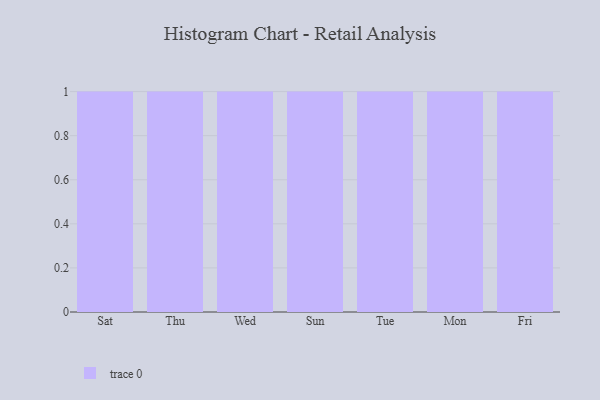
{"axis": {"x": "Day", "y": "Gross Profit (USD K)"}, "legend": [""], "data": [{"x": "Sat", "y": 1, "type": ""}, {"x": "Thu", "y": 79, "type": ""}, {"x": "Wed", "y": 43, "type": ""}, {"x": "Sun", "y": 39, "type": ""}, {"x": "Tue", "y": 71, "type": ""}, {"x": "Mon", "y": 63, "type": ""}, {"x": "Fri", "y": 39, "type": ""}]}